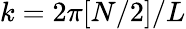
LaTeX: k=2\pi[N/2]/L